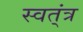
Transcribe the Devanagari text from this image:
स्वत्ंत्र